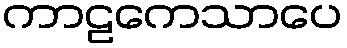
ကာဠကေသာပေ